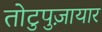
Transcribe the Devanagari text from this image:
तोटुपुज़ायार